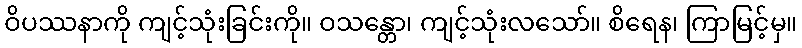
ဝိပဿနာကို ကျင့်သုံးခြင်းကို။ ဝသန္တော၊ ကျင့်သုံးလသော်။ စိရေန၊ ကြာမြင့်မှ။